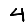
Digit: 4